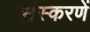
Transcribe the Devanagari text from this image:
संस्करणें